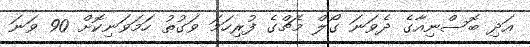
އަދި ބޮސްނިއާގެ ދެވަނަ ގޯލް މެޗްގެ ފުރިހަމަ ވަގުތު ހަމަވަނިކޮށް 90 ވަނަ